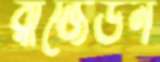
রাজেউন